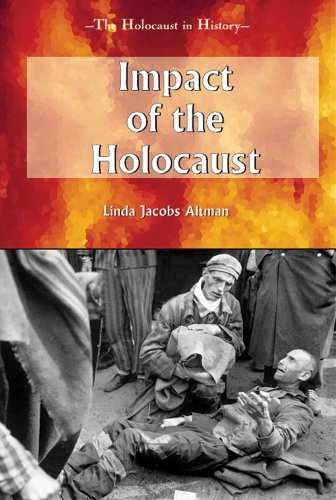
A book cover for Impact of the Holocaust (Holocaust in History); Linda Jacobs Altman; Children's Books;